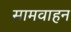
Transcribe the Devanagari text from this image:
सामवाहन